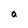
Character: a